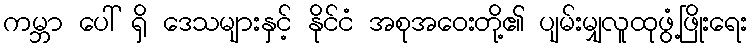
ကမ္ဘာ ပေါ် ရှိ ဒေသများနှင့် နိုင်ငံ အစုအဝေးတို့၏ ပျမ်းမျှလူထုဖွံ့ဖြိုးရေး